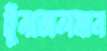
টুনজেলমান